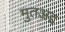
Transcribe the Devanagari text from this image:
मुतअद्द